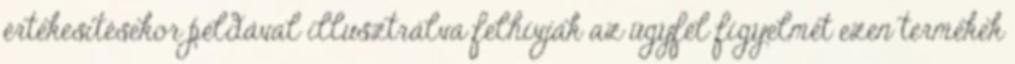
értékesítésekor példával illusztrálva felhívják az ügyfél figyelmét ezen termékek